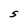
Character: S